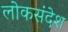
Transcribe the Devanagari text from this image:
लोकसंदेश